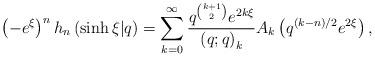
LaTeX: \begin{align*}\left(-e^{\xi}\right)^{n}h_{n}\left(\sinh\xi\vert q\right)=\sum_{k=0}^{\infty}\frac{q^{\binom{k+1}{2}}e^{2k\xi}}{\left(q;q\right)_{k}}A_{k}\left(q^{\left(k-n\right)/2}e^{2\xi}\right),\end{align*}